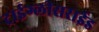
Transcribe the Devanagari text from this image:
ट्राईग्लीसराईड